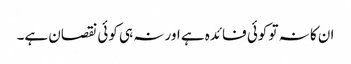
ان کا نہ تو کوئی فائدہ ہے اور نہ ہی کوئی نقصان ہے۔